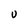
Character: U